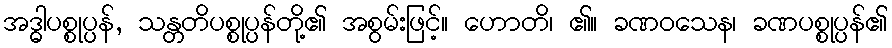
အဒ္ဓါပစ္စုပ္ပန်, သန္တတိပစ္စုပ္ပန်တို့၏ အစွမ်းဖြင့်။ ဟောတိ၊ ၏။ ခဏဝသေန၊ ခဏပစ္စုပ္ပန်၏